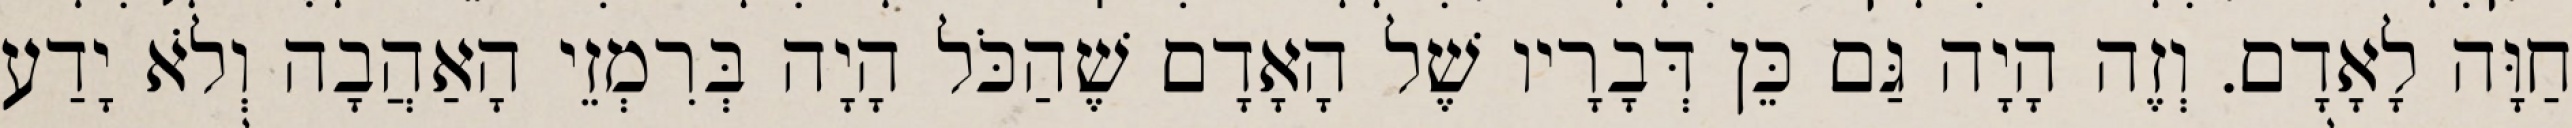
חַוָּה לָאָדָם. וְזֶה הָיָה גַּם כֵּן דְּבָרָיו שֶׁל הָאָדָם שֶׁהַכֹּל הָיָה בְּרִמְזֵי הָאַהֲבָה וְלֹא יָדַע